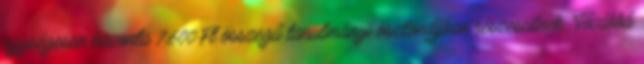
egységesen havonta 7.600 Ft összegű tanulmányi ösztöndíjban részesülnek. Továbbá